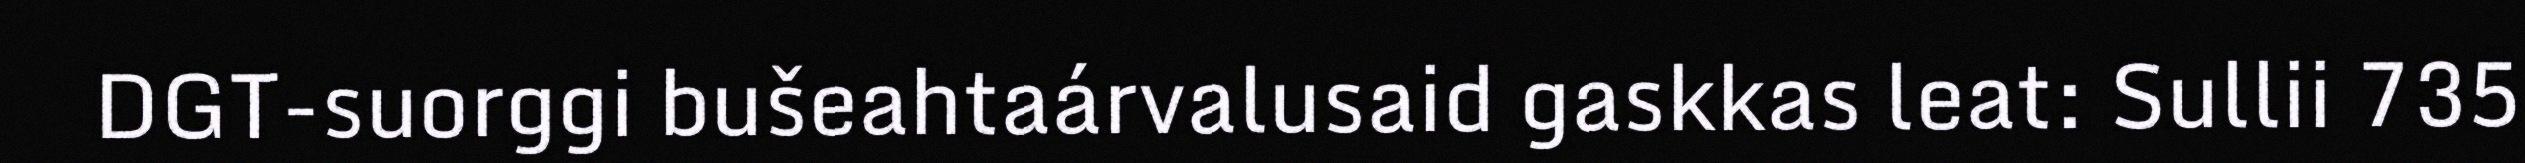
DGT-suorggi bušeahtaárvalusaid gaskkas leat: Sullii 735